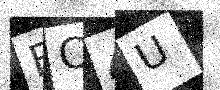
Text: BC4U